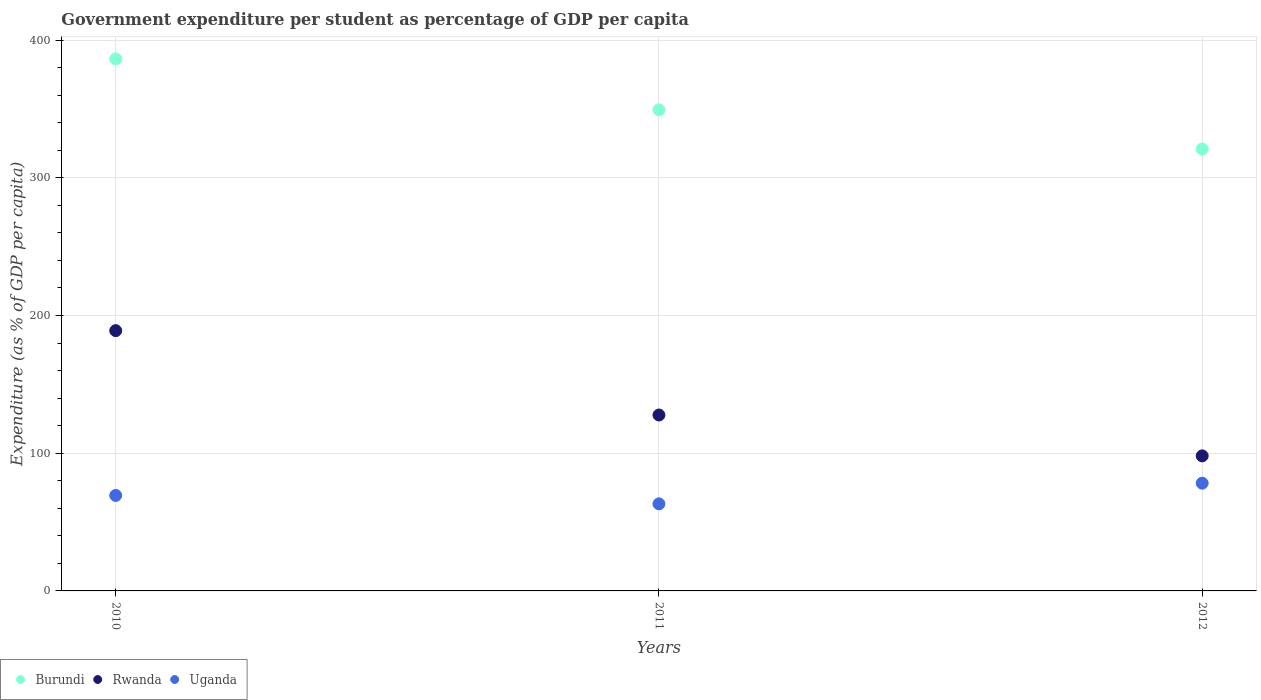
| Years | Burundi | Rwanda | Uganda |
 | --- | --- | --- | --- |
 | 2010 | 386 | 189 | 69.4 |
 | 2011 | 349 | 128 | 63.2 |
 | 2012 | 321 | 98.1 | 78.2 |